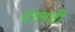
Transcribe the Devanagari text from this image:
दालती